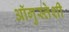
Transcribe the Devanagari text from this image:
ऑगुस्तेशी